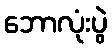
ဘောလုံးပွဲ